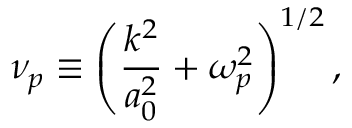
\nu _ { p } \equiv \left( \frac { k ^ { 2 } } { a _ { 0 } ^ { 2 } } + \omega _ { p } ^ { 2 } \right) ^ { 1 / 2 } ,